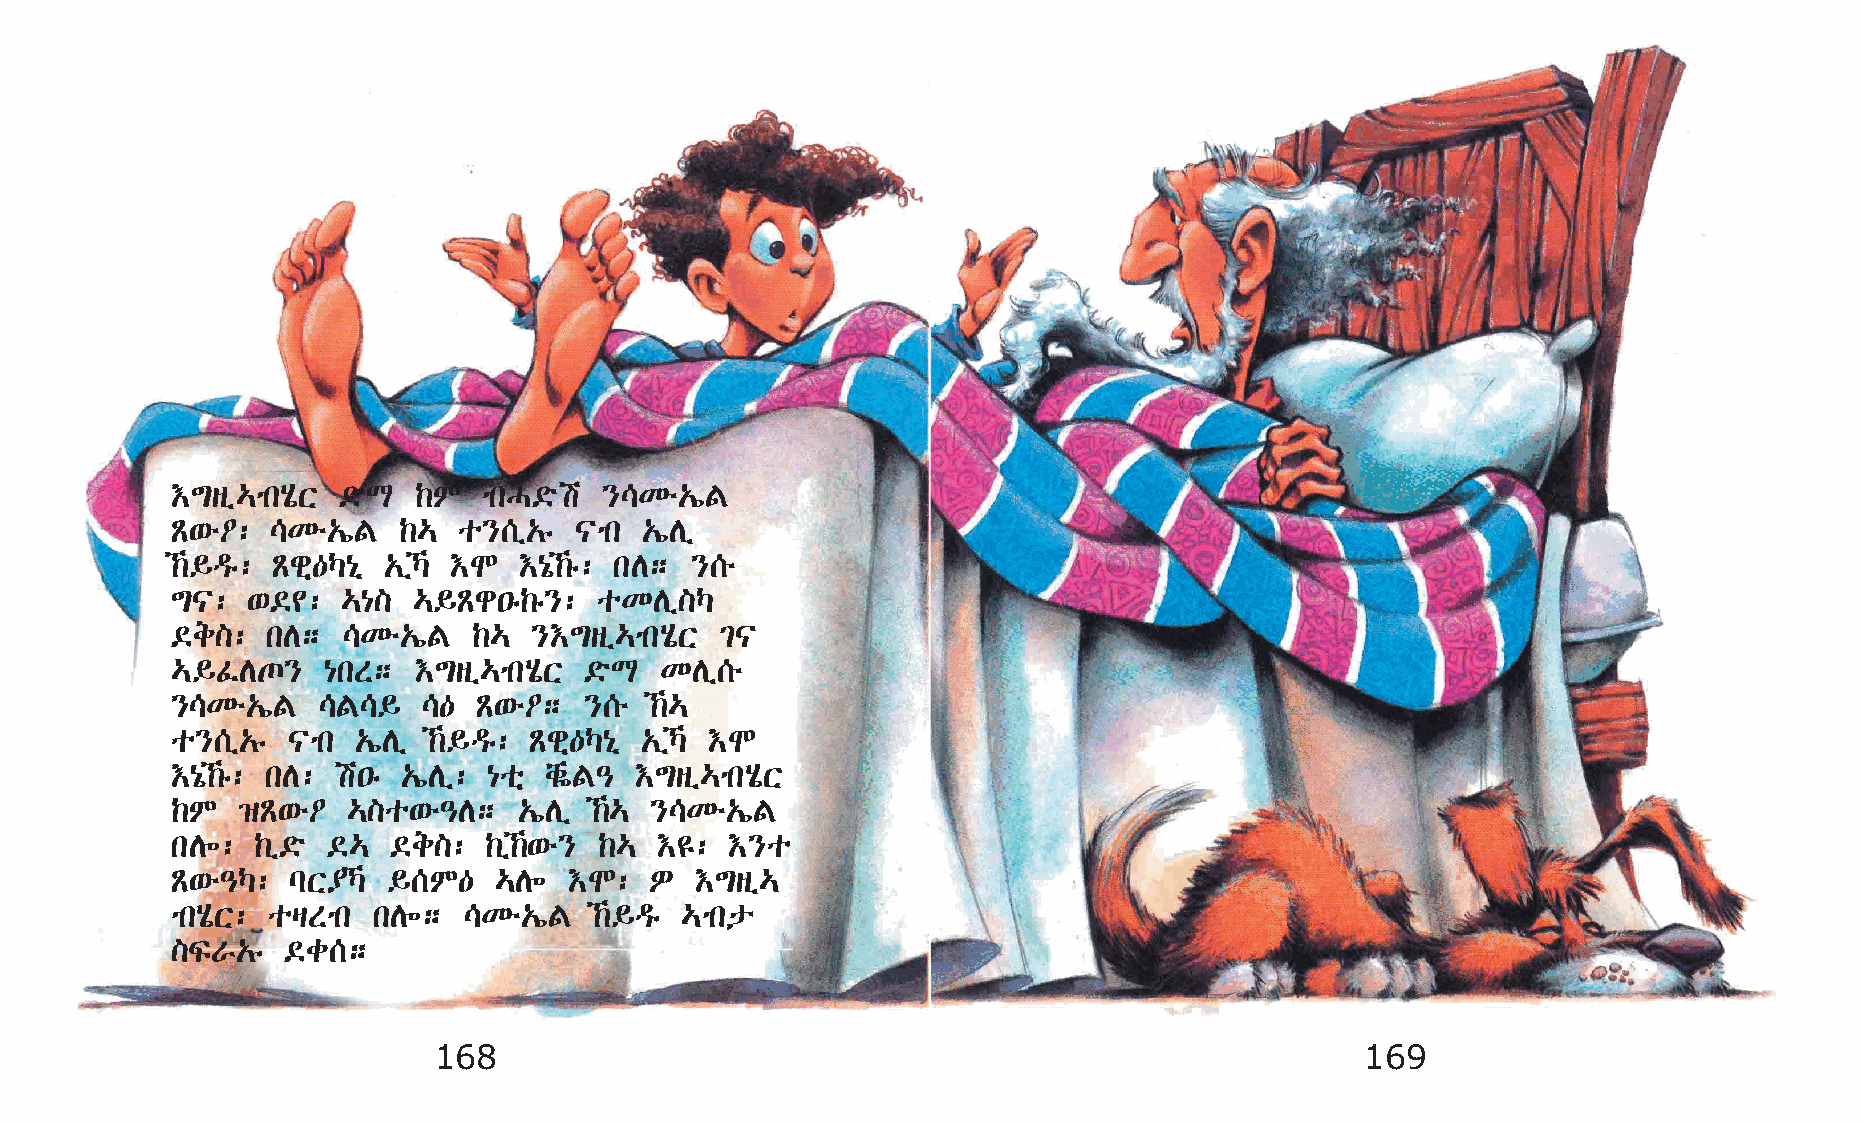
†´sï…mkAôX ©öL  ‰M   mkH©öa  }\Ké„íF
 Ã‘é˜:  \Ké„íF  ‰…  o}[ï„ê  |mk „íDï
 ‰§ªê: Ãgñ—Š{ð „ïŠ †N †{ó‰ê: kD; }[é
 ´|:  ‘©¢:   …{] …§Ãg•ê‰ê}:  oKDï]Š
 ©e]:   kD;  \Ké„íF  ‰…  }†´sï…mkAôX  ²|
 …§ÊDº}    {kS;   †´sï…mkAôX ©öL  KDï[é
 }\Ké„íF   \F\§   \—  Ã‘é˜;  }[é ‰…
 o}[ï„ê  |mk  „íDï ‰§ªê: Ãgñ—Š{ð „ïŠ †N
 †{ó‰ê: kD: a•ê „íDï: {oñ chøF– †´sï…mkAôX
 ‰M   ›Ã‘é˜  …]o‘é–D;   „íDï ‰… }\Ké„íF
 kD÷:  ‰ï©ö ©…  ©e]:  ‰ï‰‘é} ‰… †£:  †}o
 Ã‘é–Š:  lX¥Š  §[M—   …D÷  †N:  È  †´sï…
 mkAôX: ošSmk  kD÷;  \Ké„íF  ‰§ªê …mkp
 ]ÏV„ê   ©c[;
 168                                                          169